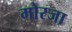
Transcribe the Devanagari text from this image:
मोरजा